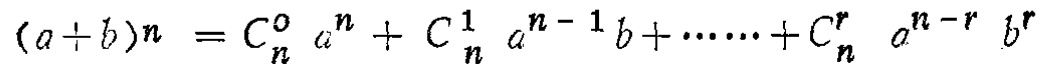
\((a + b)^n = C_{n}^{0} a^{n} + C_{n}^{1} a^{n - 1}b + \cdots\cdots + C_{n}^{r} a^{n - r} b^{r}\)